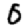
Digit: 0